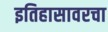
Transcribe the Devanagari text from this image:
इतिहासावरचा